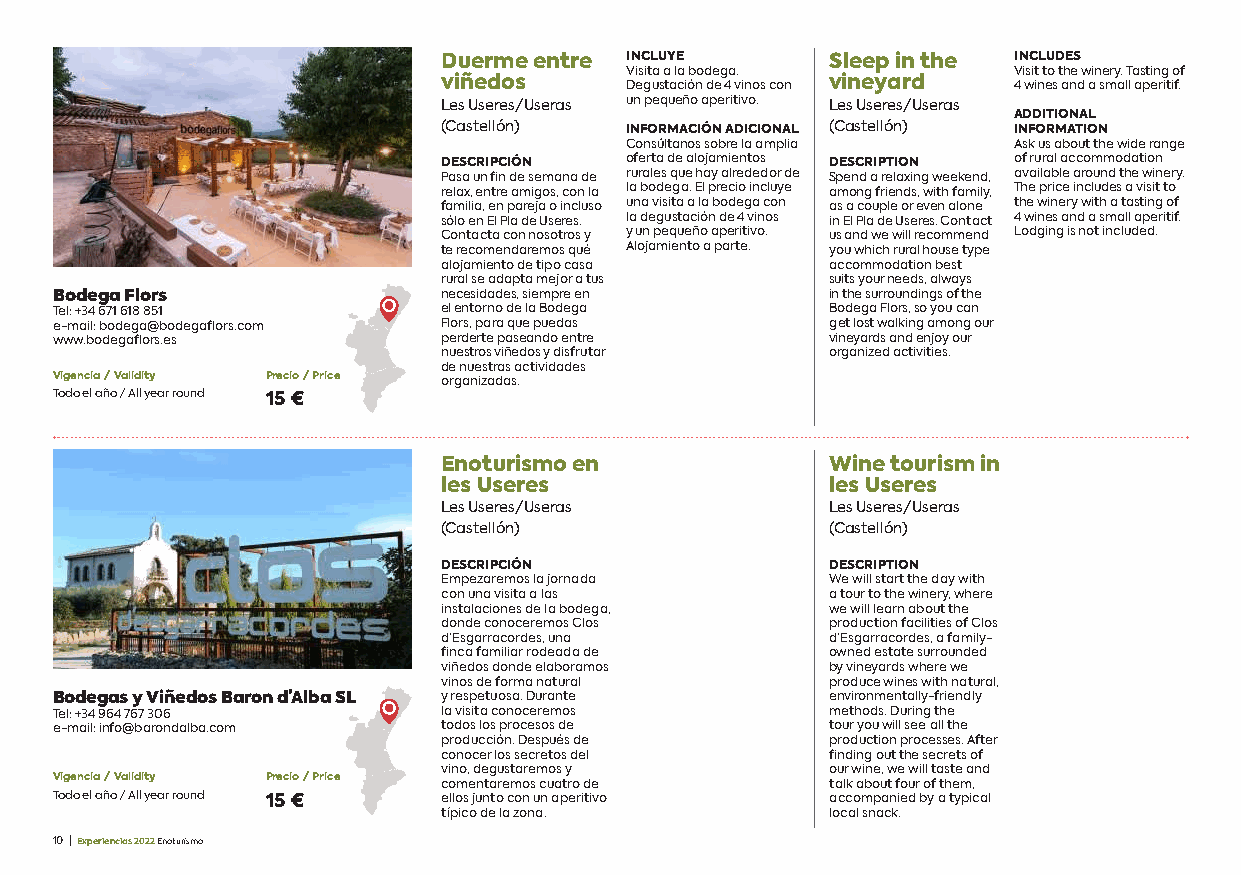
Duerme entre INCLUYE      Sleep in the INCLUDES
 Visita a la bodega.       Visit to the winery. Tasting of
 viñedos     Degustación de 4 vinos con vineyard 4 wines and a small aperitif.
 Les Useres/Useras un pequeño aperitivo. Les Useres/Useras
 ADDITIONAL
 (Castellón) INFORMACIÓN ADICIONAL (Castellón) INFORMATION
 Consúltanos sobre la amplia Ask us about the wide range
 DESCRIPCIÓN oferta de alojamientos DESCRIPTION of rural accommodation
 Pasa un fin de semana de rurales que hay alrededor de Spend a relaxing weekend, available around the winery.
 relax, entre amigos, con la la bodega. El precio incluye among friends, with family, The price includes a visit to
 familia, en pareja o incluso una visita a la bodega con as a couple or even alone the winery with a tasting of
 sólo en El Pla de Useres. la degustación de 4 vinos in El Pla de Useres. Contact 4 wines and a small aperitif.
 Contacta con nosotros y y un pequeño aperitivo. us and we will recommend Lodging is not included.
 te recomendaremos qué Alojamiento a parte. you which rural house type
 alojamiento de tipo casa  accommodation best
 rural se adapta mejor a tus suits your needs, always
 Bodega Flors             necesidades, siempre en   in the surroundings of the
 Tel: +34 671 618 851     el entorno de la Bodega   Bodega Flors, so you can
 e-mail: bodega@bodegaflors.com Flors, para que puedas get lost walking among our
 www.bodegaflors.es       perderte paseando entre   vineyards and enjoy our
 nuestros viñedos y disfrutar organized activities.
 de nuestras actividades
 Vigencia / Validity Precio / Price organizadas.
 Todo el año / All year round 15 €
 Enoturismo en             Wine tourism in
 les Useres                les Useres
 Les Useres/Useras         Les Useres/Useras
 (Castellón)               (Castellón)
 DESCRIPCIÓN               DESCRIPTION
 Empezaremos la jornada    We will start the day with
 con una visita a las      a tour to the winery, where
 instalaciones de la bodega, we will learn about the
 donde conoceremos Clos    production facilities of Clos
 d’Esgarracordes, una      d’Esgarracordes, a family-
 finca familiar rodeada de owned estate surrounded
 viñedos donde elaboramos  by vineyards where we
 vinos de forma natural    produce wines with natural,
 Bodegas y Viñedos Baron d’Alba SL y respetuosa. Durante environmentally-friendly
 Tel: +34 964 767 306     la visita conoceremos     methods. During the
 e-mail: info@barondalba.com todos los procesos de  tour you will see all the
 producción. Después de    production processes. After
 conocer los secretos del  finding out the secrets of
 vino, degustaremos y      our wine, we will taste and
 Vigencia / Validity Precio / Price comentaremos cuatro de talk about four of them,
 Todo el año / All year round 15 € ellos junto con un aperitivo accompanied by a typical
 típico de la zona.        local snack.
 10 | Experiencias 2022 Enoturismo